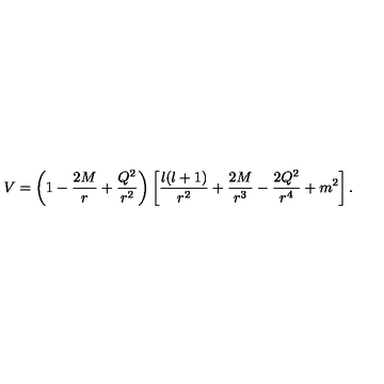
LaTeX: V = \left( 1 - \frac { 2 M } { r } + \frac { Q ^ { 2 } } { r ^ { 2 } } \right) \left[ \frac { l ( l + 1 ) } { r ^ { 2 } } + \frac { 2 M } { r ^ { 3 } } - \frac { 2 Q ^ { 2 } } { r ^ { 4 } } + m ^ { 2 } \right] .